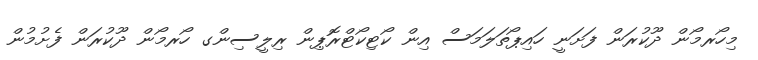
މިހޯރމޯން ދޫކުރަން ފަށަނީ ހައިޕޯތަލަމަސް އިން ކޯޓިކޯޓްރޮޕިން ރިލީސިންގ ހޯރމޯން ދޫކުރަން ފެށުމުން